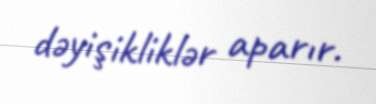
dəyişikliklər aparır.